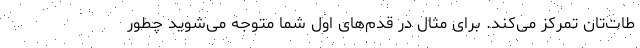
طات‌تان تمرکز می‌کند. برای مثال در قدم‌های اول شما متوجه می‌شوید چطور